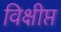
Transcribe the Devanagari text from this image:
विक्षीप्त